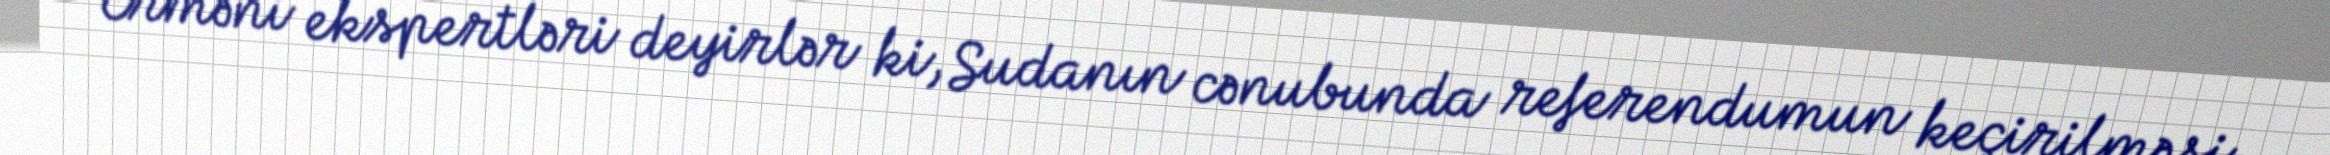
Erməni ekspertləri deyirlər ki, Sudanın cənubunda referendumun keçirilməsi